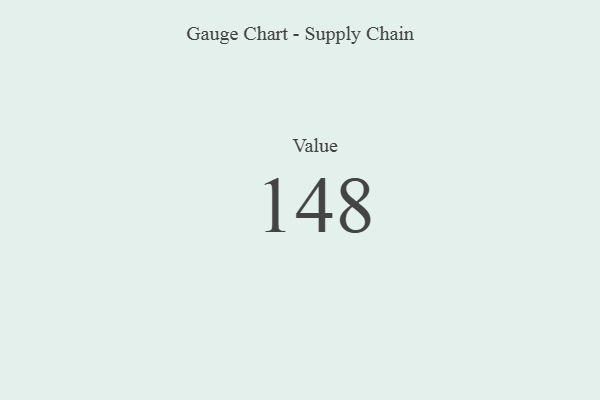
{"axis": {"x": "Metric", "y": "Value"}, "legend": [""], "data": [{"x": "Value", "y": 148, "type": ""}]}